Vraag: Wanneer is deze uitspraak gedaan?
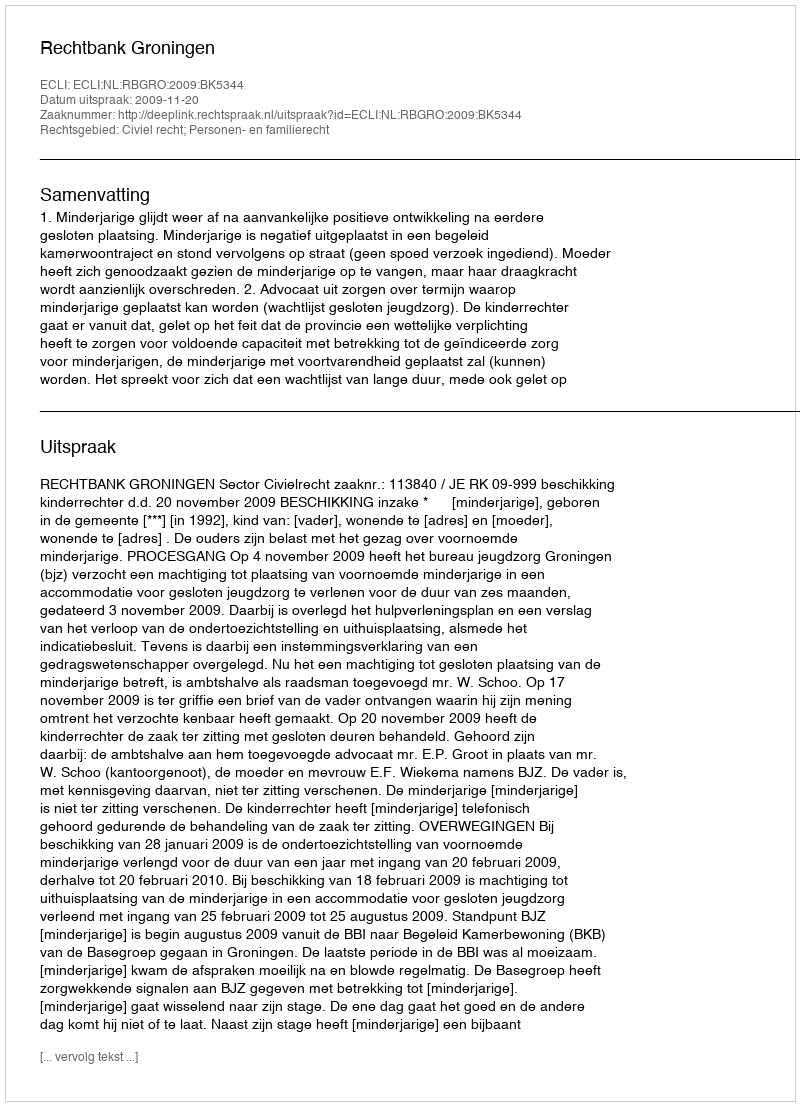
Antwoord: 2009-11-20